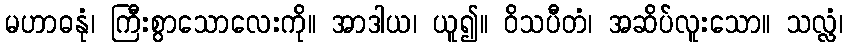
မဟာဓနုံ၊ ကြီးစွာသောလေးကို။ အာဒါယ၊ ယူ၍။ ဝိသပီတံ၊ အဆိပ်လူးသော။ သလ္လံ၊